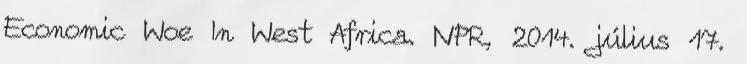
Economic Woe In West Africa. NPR, 2014. július 17.